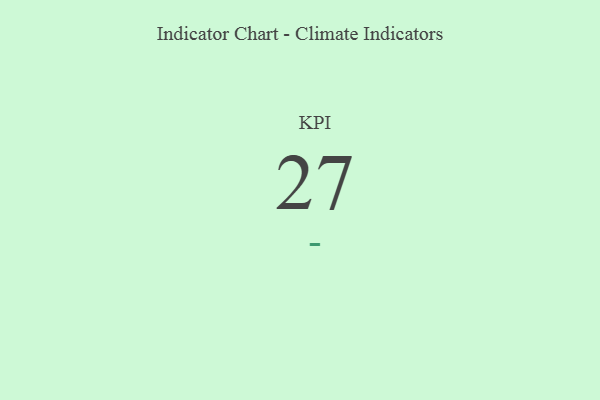
{"axis": {"x": "KPI", "y": "Value"}, "legend": [""], "data": [{"x": "KPI", "y": 27, "type": ""}]}